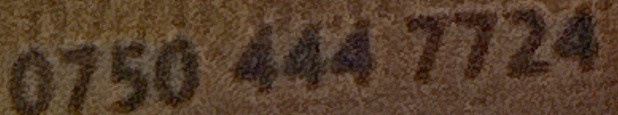
0750 444 7724